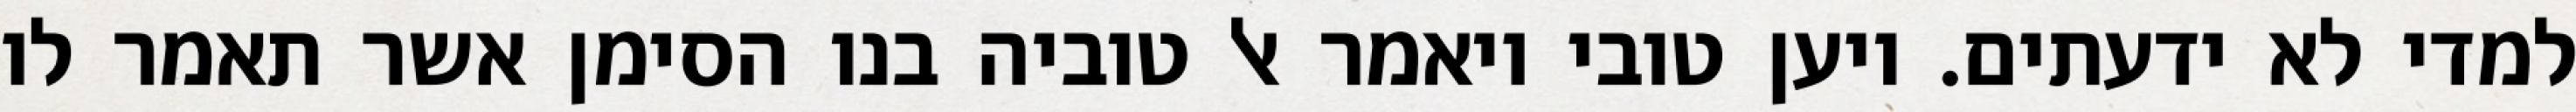
למדי לא ידעתים. ויען טובי ויאמר אל טוביה בנו הסימן אשר תאמר לו